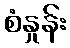
စံနှုန်း